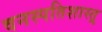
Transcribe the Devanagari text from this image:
वनस्पतिशास्त्र्